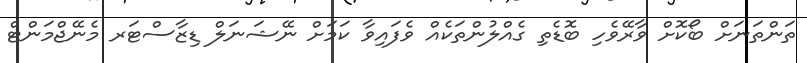
ތަންތަނަށް ބޯކޮށް ވާރޭވެހި ބޮޑެތި ގެއްލުންތަކެއް ވެފައިވާ ކަމަށް ނޭޝަނަލް ޑިޒާސްޓަރ މެނޭޖްމަންޓް